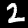
Digit: 2